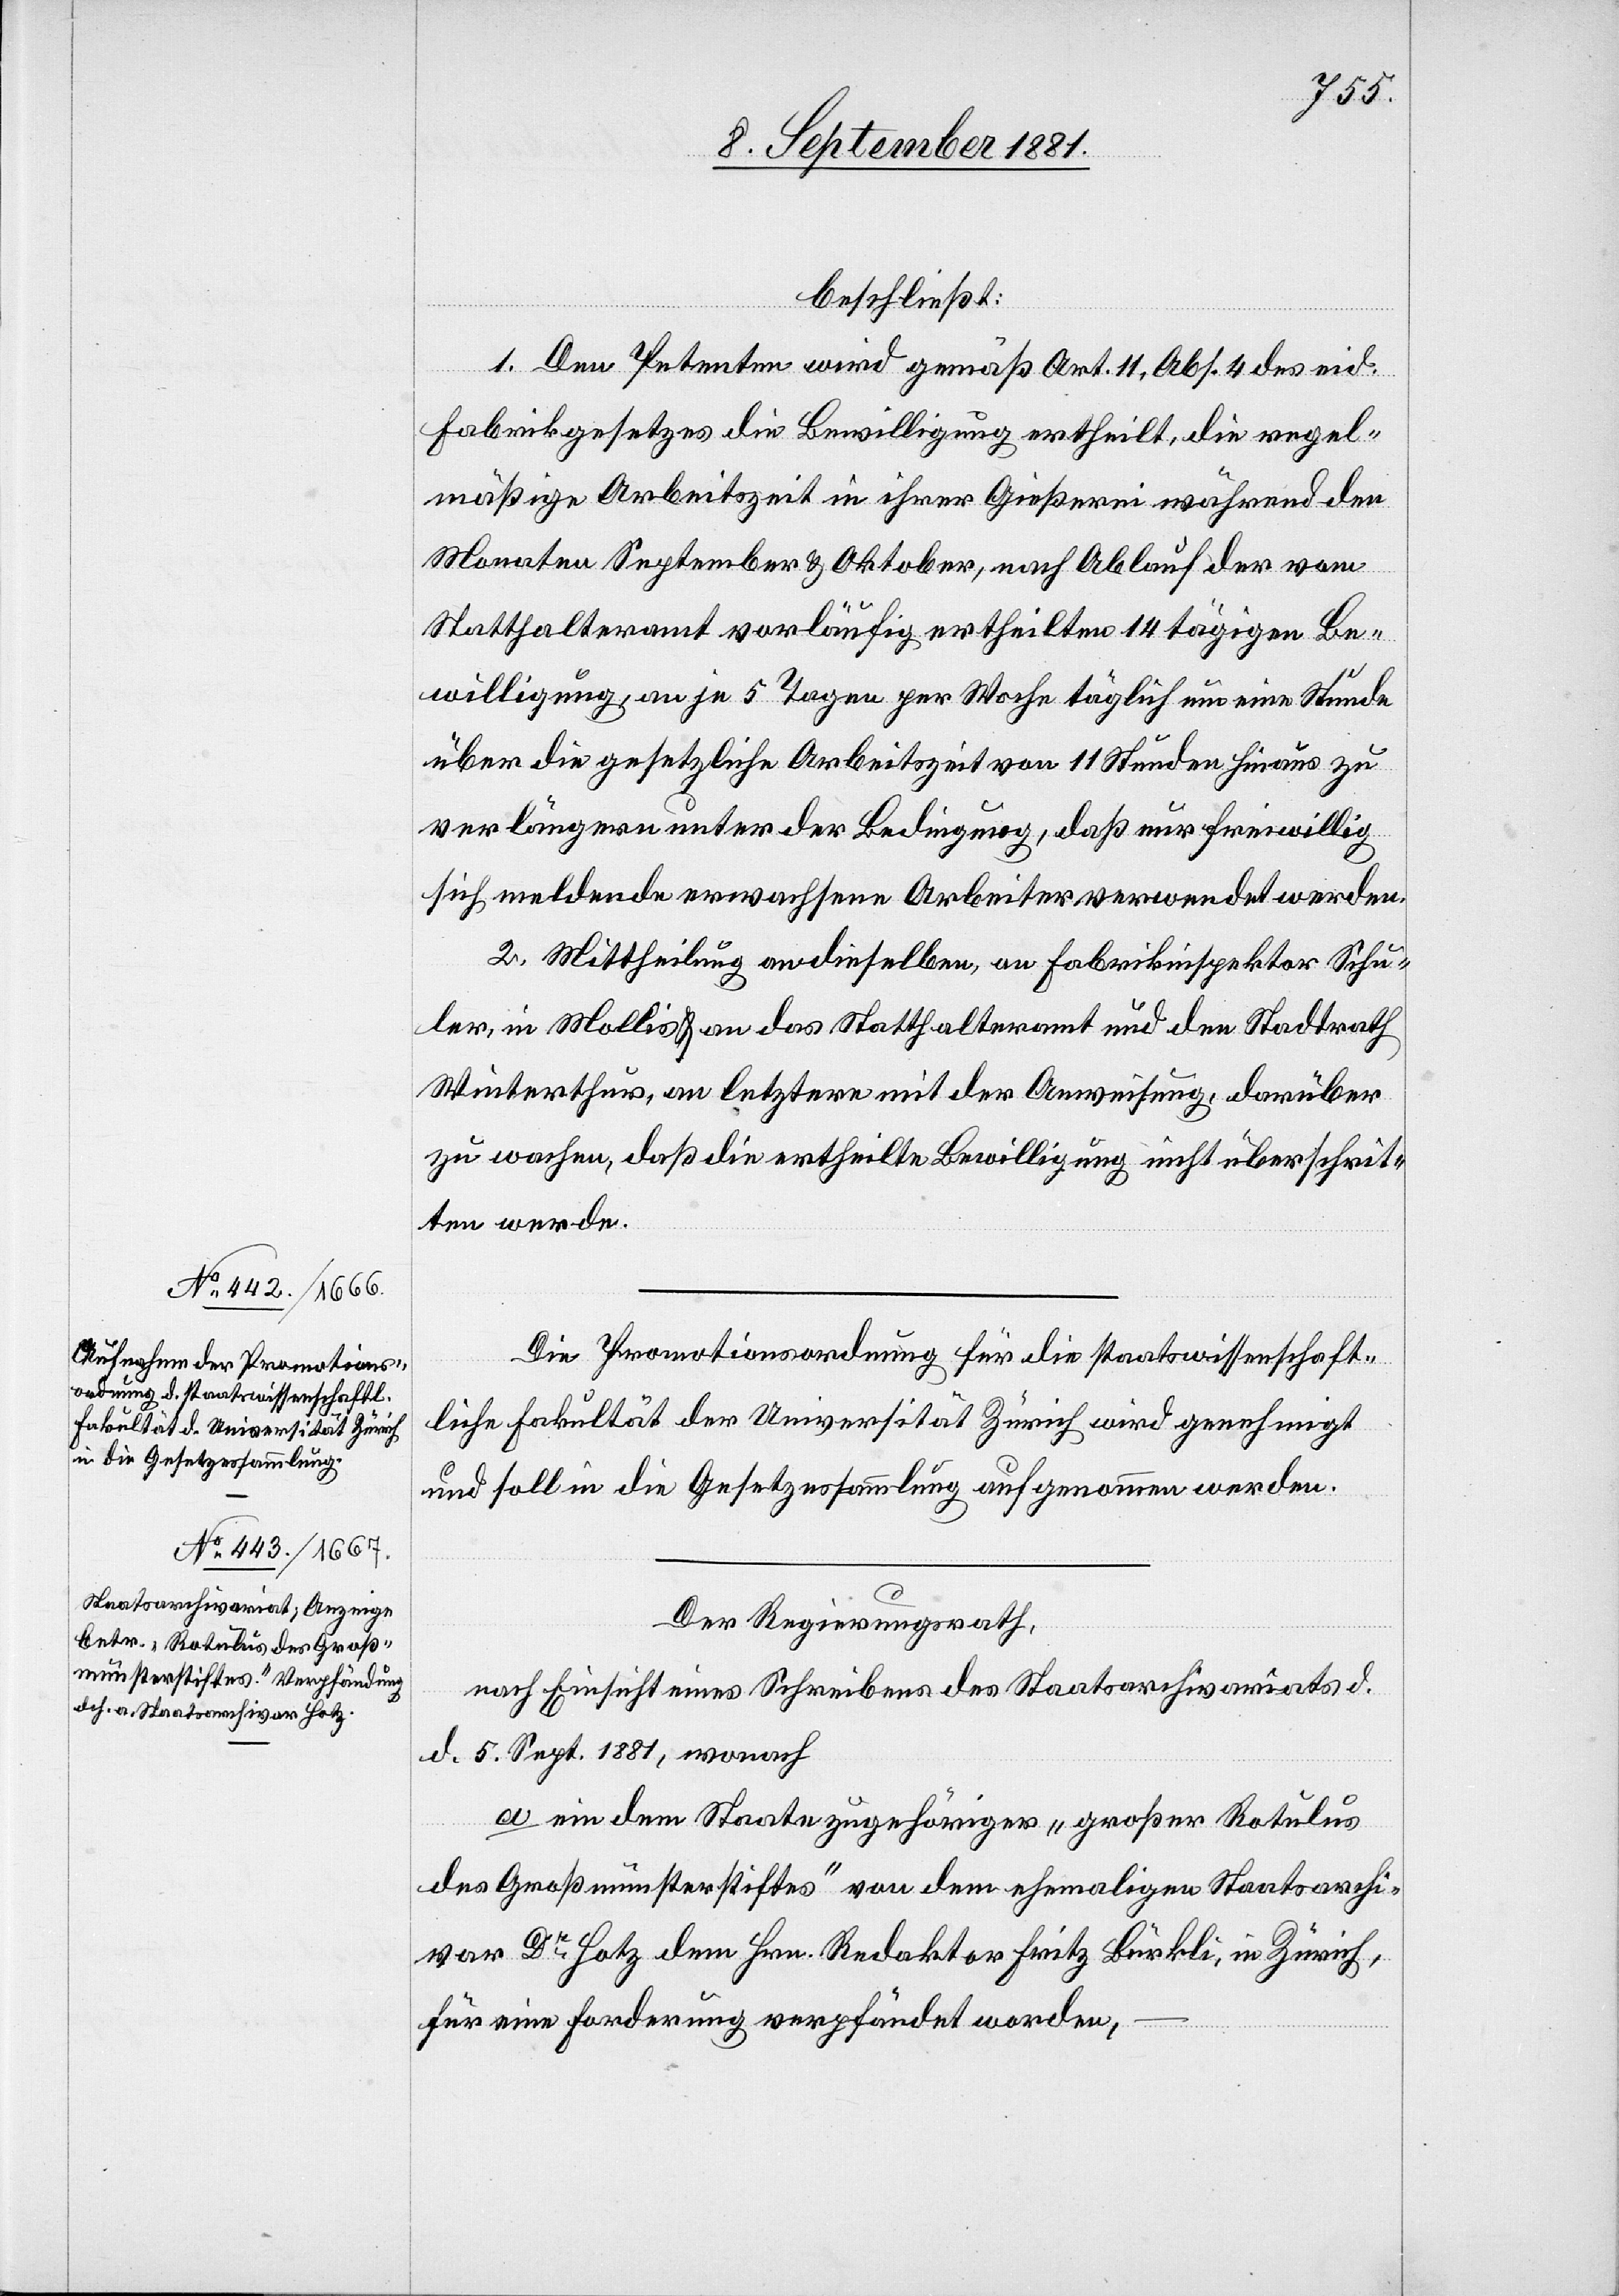
beschließt:
1. Den Petenten wird gemäß Art. 11, Abs. 4 des eid.
Fabrikgesetzes die Bewilligung ertheilt, die regel¬
mäßige Arbeitszeit in ihrer Gießerei während den
Monaten September & Oktober, nach Ablauf der vom
Statthalteramt vorläufig ertheilten 14tägigen Be¬
willigung, an je 5 Tagen per Woche täglich um eine Stunde
über die gesetzliche Arbeitszeit von 11 Stunden hinaus zu
verlängern unter der Bedingung, daß nur freiwillig
sich meldende erwachsene Arbeiter verwendet werden.
2. Mittheilung an dieselben, an Fabrikinspektor Schu¬
ler, in Mollis & an das Statthalteramt und den Stadtrath
Winterthur, an letztern mit der Anweisung, darüber
zu wachen, daß die ertheilte Bewilligung nicht überschrit¬
ten werde.
Die Promotionsordnung für die staatswissenschaft¬
liche Fakultät des Universität Zürich wird genehmigt
und soll in die Gesetzessammlung aufgenommen werden.
Der Regierungsrath,
nach Einsicht eines Schreibens des Staatsarchivariats d.
d. 5. Sept. 1881, wonach
a[.] ein dem Staate zugehöriger „großer Rotulus
des Großmünsterstiftes“ von dem ehemaligen Staatsarchi¬
var Dr Hotz dem Hrn. Redaktor Fritz Bürkli, in Zürich.
für eine Forderung verpfändet worden,